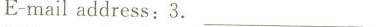
E-mail address:3. _